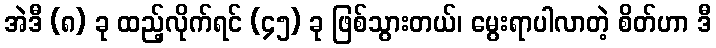
အဲဒီ (၈) ခု ထည့်လိုက်ရင် (၄၅) ခု ဖြစ်သွားတယ်၊ မွေးရာပါလာတဲ့ စိတ်ဟာ ဒီ